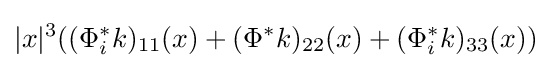
|x|^{3}((\Phi _{i}^{\ast }k)_{11}(x)+(\Phi ^{\ast }k)_{22}(x)+(\Phi _{i}^{\ast }k)_{33}(x))